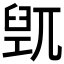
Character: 𱼮